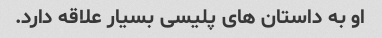
او به داستان های پلیسی بسیار علاقه دارد.